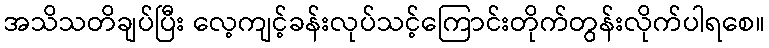
အသိသတိချပ်ပြီး လေ့ကျင့်ခန်းလုပ်သင့်ကြောင်းတိုက်တွန်းလိုက်ပါရစေ။